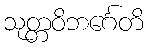
သုတ္တဝိဘင်္ဂေတိ